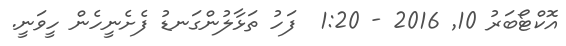
އޮކްޓޯބަރު 10